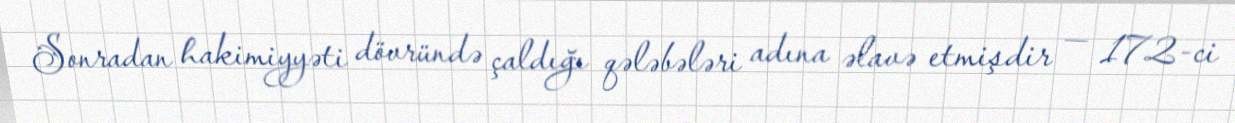
Sonradan hakimiyyəti dövründə çaldığı qələbələri adına əlavə etmişdir — 172-ci